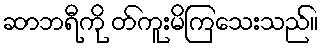
ဆာဘရီကို တ်ကူးမိကြသေးသည်။